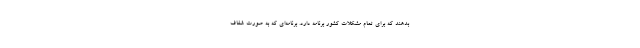
بدهند که برای تمام مشکلات کشور برنامه دارد. برنامه‌ای که به صورت شفاف